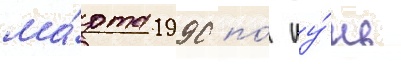
ма́рта 1990 по́ иу́нь